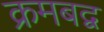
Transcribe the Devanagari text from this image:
क्रमबद्व